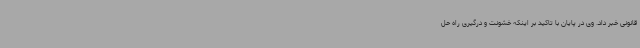
قانونی خبر داد. وی در پایان با تاکید بر اینکه خشونت و درگیری راه حل